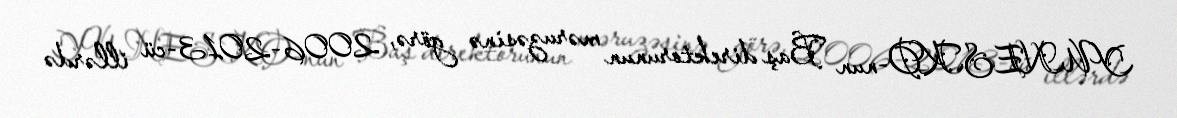
YUNESKO-nun Baş direktorunun məruzəsinə görə, 2006-2013-cü illərdə